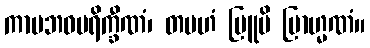
ကာမဘဝပရိက္ခီဏံ၊ တမဟံ ဗြူမိ ဗြာဟ္မဏံ။